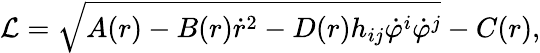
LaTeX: {\cal L}=\sqrt{A(r)-B(r)\dot{r}^{2}-D(r)h_{ij}\dot{\varphi}^{i}\dot{\varphi}^{j}}-C(r),